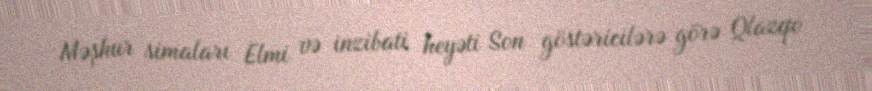
Məşhur simaları Elmi və inzibati heyəti Son göstəricilərə görə Qlazqo